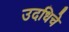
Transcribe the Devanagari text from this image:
उदधिचे